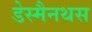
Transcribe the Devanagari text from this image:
डेस्मैनथस